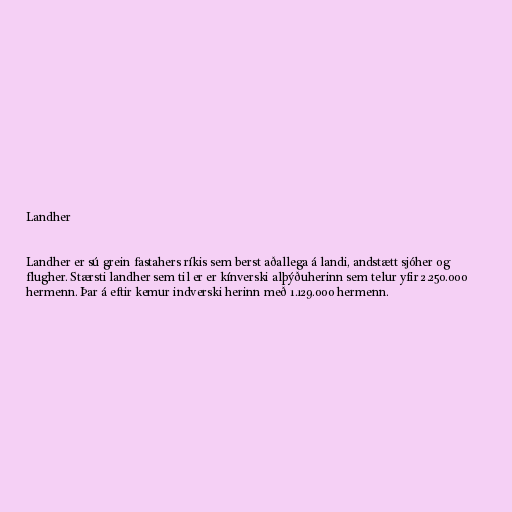
Landher

Landher er sú grein fastahers ríkis sem berst aðallega á landi, andstætt sjóher og
flugher. Stærsti landher sem til er er kínverski alþýðuherinn sem telur yfir 2.250.000
hermenn. Þar á eftir kemur indverski herinn með 1.129.000 hermenn.